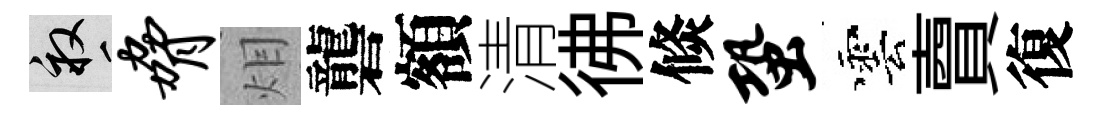
畝胁𤇆礱額清彿倐蛩雲𧶠復